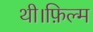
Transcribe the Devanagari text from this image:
थी।फ़िल्म